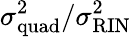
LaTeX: \sigma_{\mathrm{quad}}^{2}/\sigma_{\mathrm{RIN}}^{2}